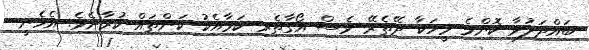
ބައްދަލުވާ ކޮންމެ މީހަކާ ދޭތެރޭ ވެސް އޯގާތެރި ކަމާއެކު ކަންތައް ކުރާށެވެ. އެހެނީ